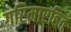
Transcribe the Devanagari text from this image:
गरिमारहित